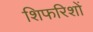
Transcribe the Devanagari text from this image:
शिफरिशों